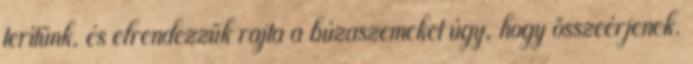
terítünk, és elrendezzük rajta a búzaszemeket úgy, hogy összeérjenek.